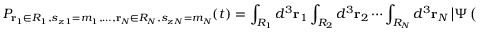
P _ { \mathbf { r } _ { 1 } \in R _ { 1 } , s _ { z \, 1 } = m _ { 1 } , \ldots , \mathbf { r } _ { N } \in R _ { N } , s _ { z \, N } = m _ { N } } ( t ) = \int _ { R _ { 1 } } d ^ { 3 } \mathbf { r } _ { 1 } \int _ { R _ { 2 } } d ^ { 3 } \mathbf { r } _ { 2 } \cdots \int _ { R _ { N } } d ^ { 3 } \mathbf { r } _ { N } \left| \Psi \left( \mathbf { r } _ { 1 } \cdots \mathbf { r } _ { N } , m _ { 1 } \cdots m _ { N } , t \right) \right| ^ { 2 }